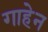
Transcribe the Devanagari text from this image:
गाहेन